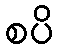
စပိ